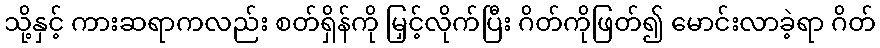
သို့နှင့် ကားဆရာကလည်း စတ်ရှိန်ကို မြှင့်လိုက်ပြီး ဂိတ်ကိုဖြတ်၍ မောင်းလာခဲ့ရာ ဂိတ်